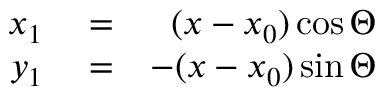
\begin{array} { r l r } { x _ { 1 } } & { { } = } & { ( x - x _ { 0 } ) \cos \Theta } \\ { y _ { 1 } } & { { } = } & { - ( x - x _ { 0 } ) \sin \Theta } \end{array}